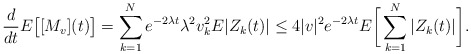
\begin{align*}\frac{d}{dt}E\big[[M_v](t)\big]=\sum_{k=1}^Ne^{-2\lambda t}\lambda^2v_{k}^2E|Z_k(t)|\le4|v|^2e^{-2\lambda t}E\bigg[\sum_{k=1}^N|Z_k(t)|\bigg].\end{align*}